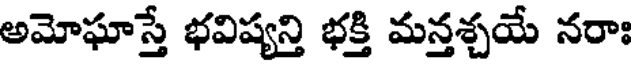
అమోఘాస్తే భవిష్యన్తి భక్తి మన్తశ్చయే నరాః